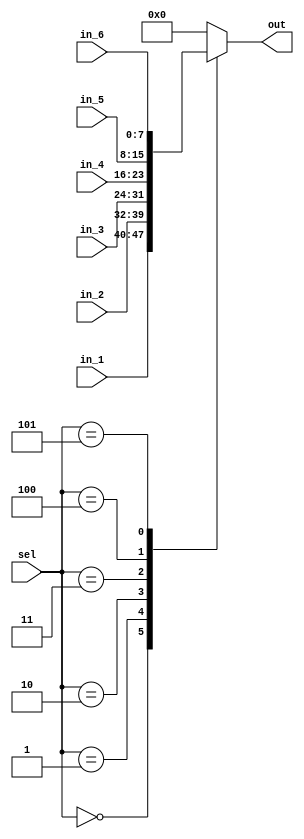
module com_mux_int_6sel1
(
	input [7:0] in_1,
	input [7:0] in_2,
	input [7:0] in_3,
	input [7:0] in_4,
	input [7:0] in_5,
	input [7:0] in_6,
	input [2:0] sel,
	output reg [7:0] out
);
	always@(*) begin
		case(sel)
			3'b000: out=in_1;
			3'b001: out=in_2;
			3'b010: out=in_3;
			3'b011: out=in_4;
			3'b100: out=in_5;
			3'b101: out=in_6;
			default: out=0;
		endcase
	end
endmodule